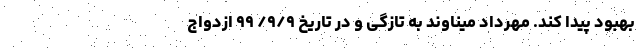
بهبود پیدا کند. مهرداد میناوند به تازگی و در تاریخ ۹/۹/ ۹۹ ازدواج